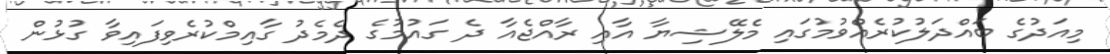
މިއަދުގެ ބައްދަލުކުރެއްވުމުގައި މެލޭޝިޔާ އާއި ރާއްޖެއާ ދެ ގައުމުގެ ދެމެދު ގާއިމްކުރެވިފައިވާ ގުޅުން